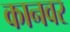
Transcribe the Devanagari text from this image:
कानवर